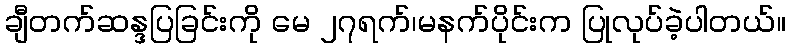
ချီတက်ဆန္ဒပြခြင်းကို မေ ၂၇ရက်၊မနက်ပိုင်းက ပြုလုပ်ခဲ့ပါတယ်။